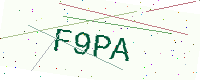
Text: F9PA